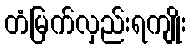
တံမြက်လှည်းရကျိုး